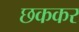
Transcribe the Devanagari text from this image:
छककर